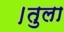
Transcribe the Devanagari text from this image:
।तुला